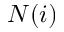
N ( i )